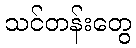
သင်တန်းတွေ